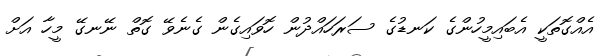
އެއްގޮތަކީ އެބައިމީހުންގެ ކަނޑުގެ ސަރަހައްދުން ހޮވައިގެން ގެނެވޭ ގޮތް ނޭނގޭ މީހާ އަށް